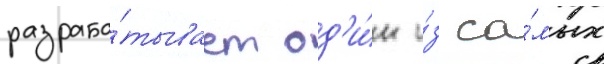
разраба́тывает од'и́н и́з са́мых